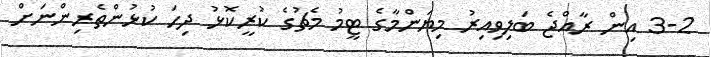
3-2 އިން ރާއްޖެ ބަލިވިއިރު މިޔަންމާގެ ޓީމު މެޗުގެ ކުރީކޮޅު ދިހަ ކުޅުންތެރިންނަށް